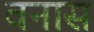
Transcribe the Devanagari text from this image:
वनास